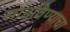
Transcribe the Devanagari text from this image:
साडविण्याचा